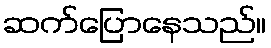
ဆက်ပြောနေသည်။